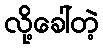
လို့ခေါ်တဲ့